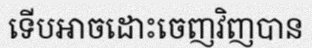
ទើបអាចដោះចេញវិញបាន